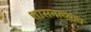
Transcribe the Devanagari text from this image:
शासनाच्याच